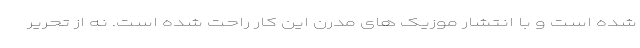
شده است و با انتشار موزیک های مدرن این کار راحت شده است. نه از تحریر